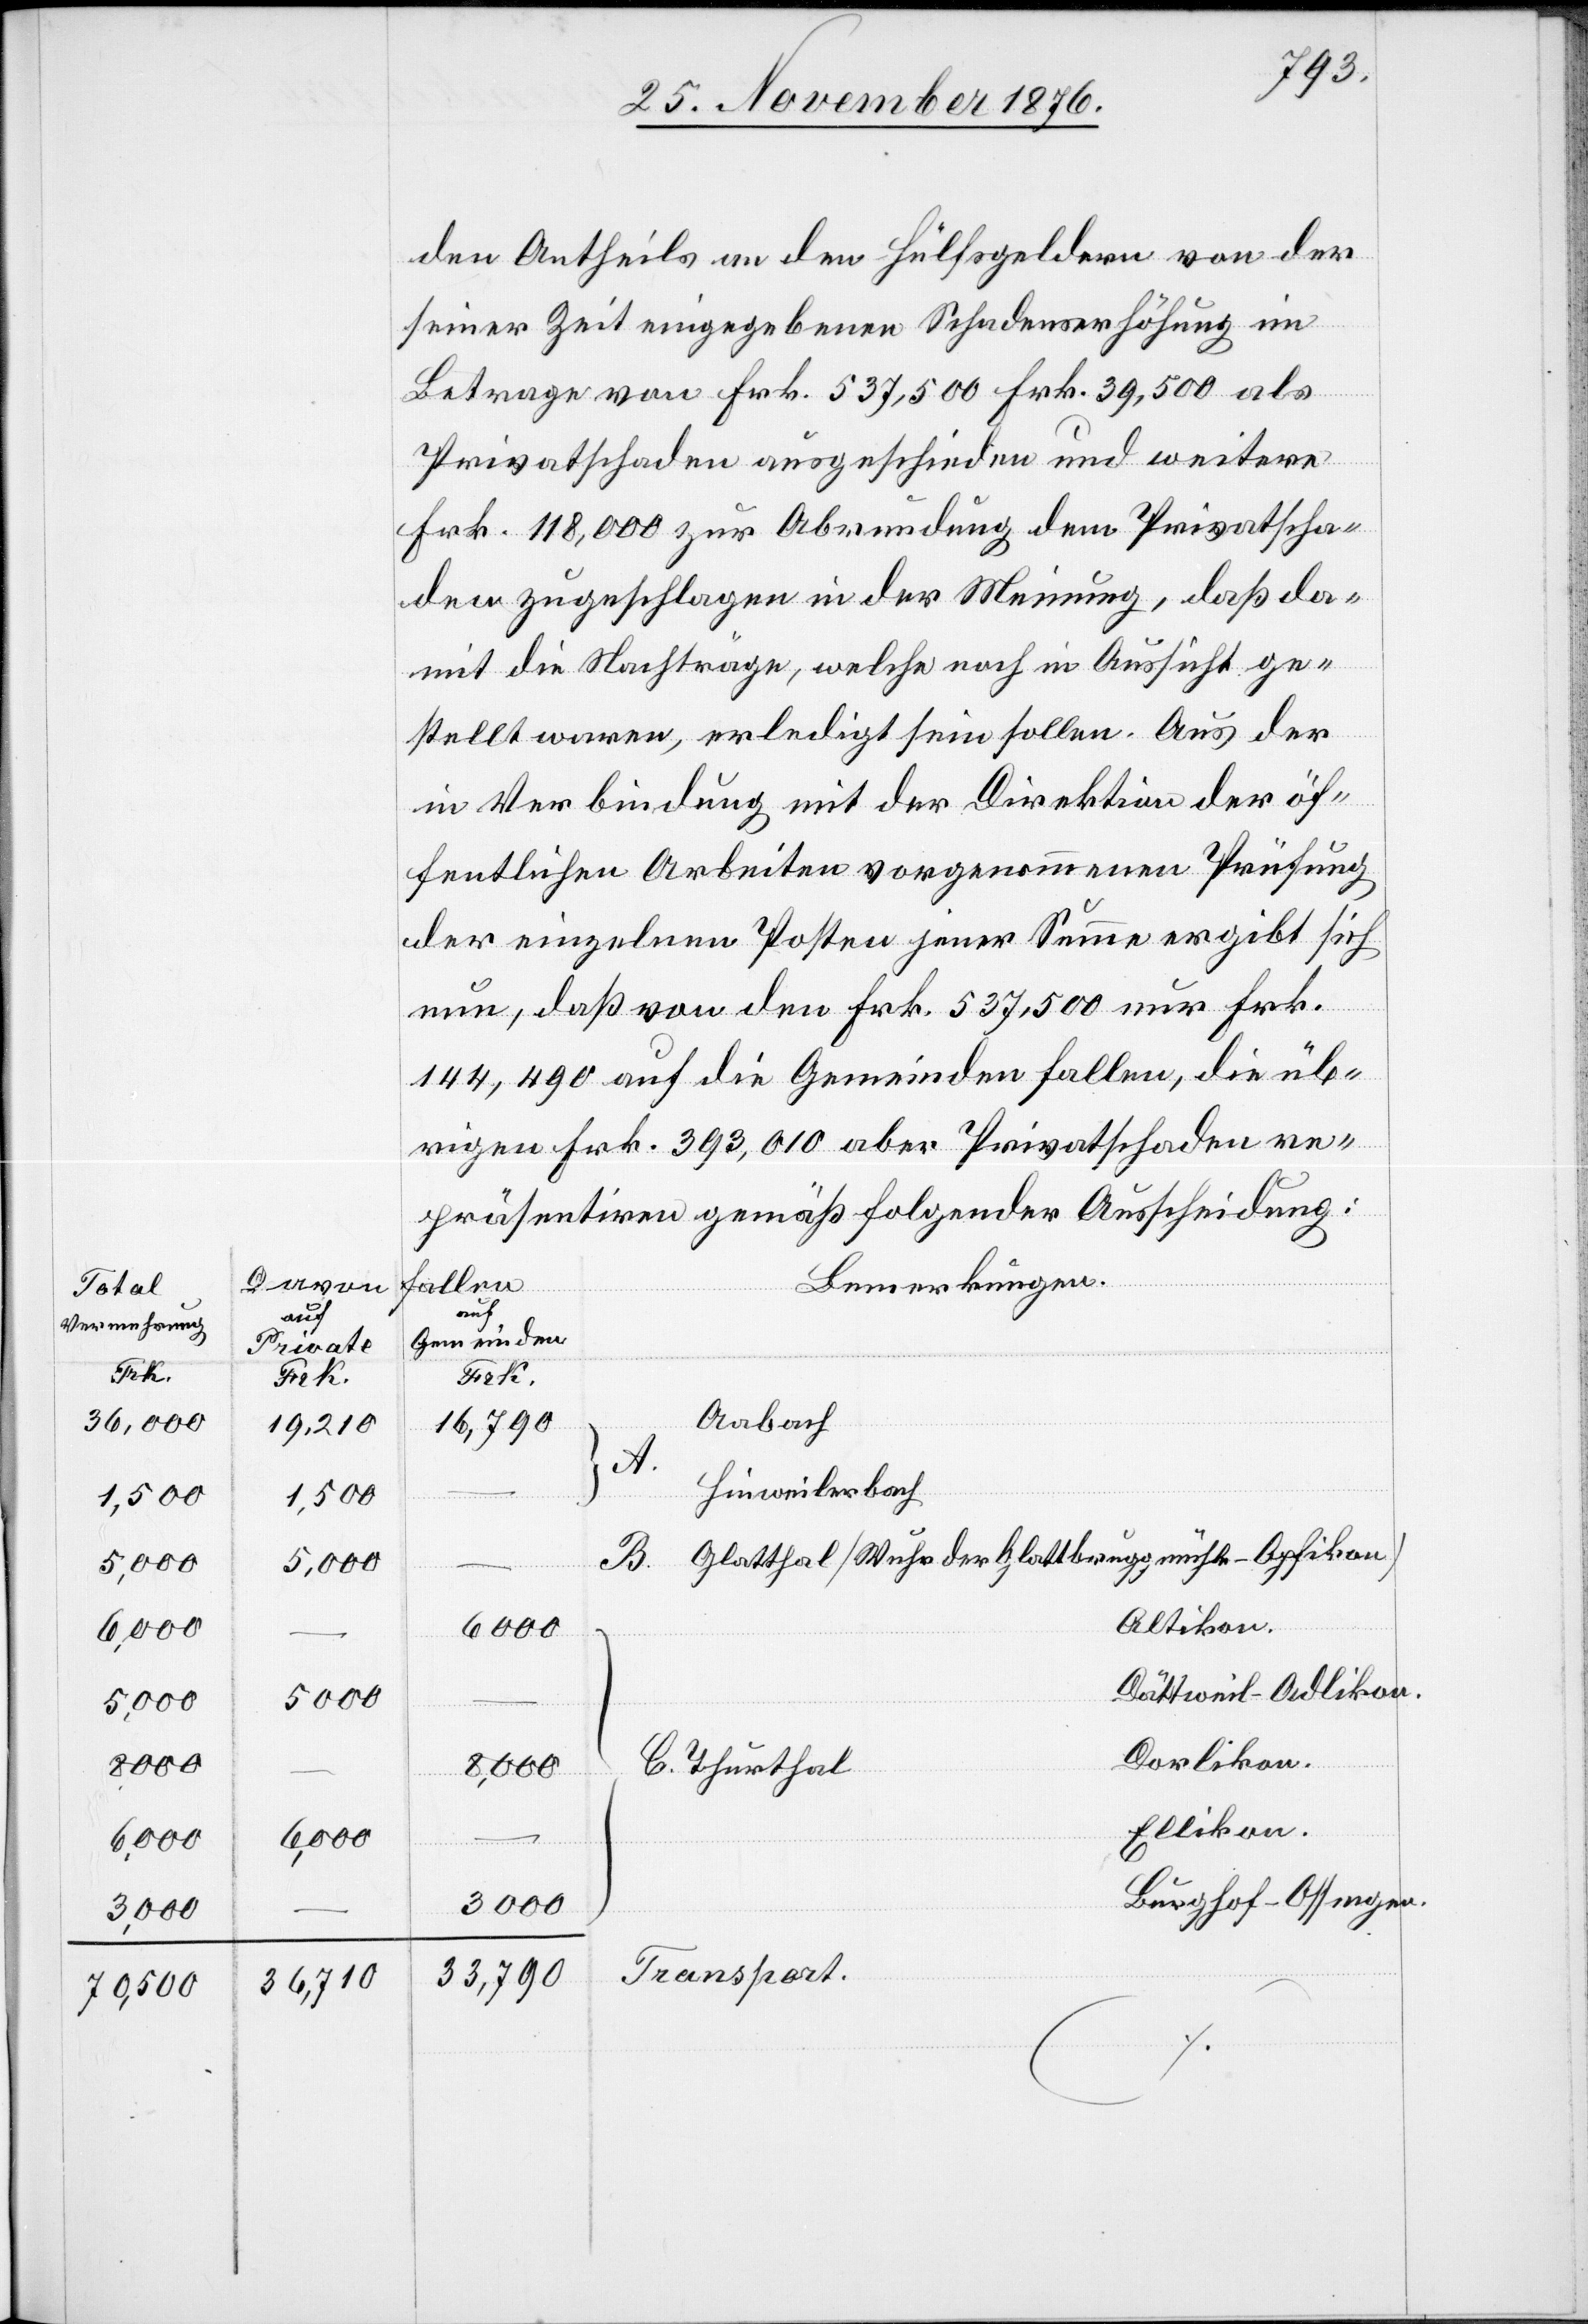
Total
Vermehrung
Frk.
36,000
6,000
8,000
3000
70,500

auf
Private
Frk.
19,210
1,500
36,710

den Antheils an den Hülfsgeldern von der
seiner Zeit eingegebenen Schadenserhöhung im
Betrage von Frk. 537,500 Frk. 39,500 als
Privatschaden ausgeschieden und weitere
Frk. 118,000 zur Abrundung dem Privatscha¬
den zugeschlagen in der Meinung, daß da¬
mit die Nachträge, welche noch in Aussicht ge¬
stellt waren, erledigt sein sollen. Aus der
in Verbindung mit der Direktion der öf¬
fentlichen Arbeiten vorgenommenen Prüfung
der einzelnen Posten jener Summe ergibt sich
nun, daß von den Frk. 537,500 nur Frk.
144,490 auf die Gemeinden fallen, die üb¬
rigen Frk. 393,010 aber Privatschaden re¬
präsentiren gemäß folgender Ausscheidung:
fallen
Bemerkungen.
auf
Gemeinden
Frk.
Aabach
16,790
A.
Hinweilerbach
Glatthal/Wuhr der Glattbruggmühle - Opfiko¬
n/Altikon.
Dättweil - Adlikon.
Dorlikon.
C. Thurthal
6,000
Ellikon.
B.
Burghof - Ossingen.
Transport.
33,790